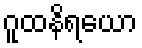
ဂူထနိရယော